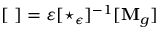
[ \mathbf { \nabla } ] = \varepsilon [ \star _ { \epsilon } ] ^ { - 1 } [ \mathbf { M } _ { g } ]